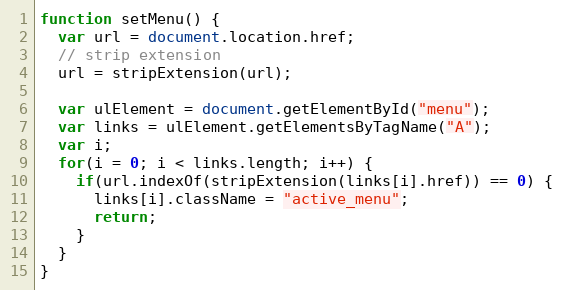
Language: JavaScript
function setMenu() {
  var url = document.location.href;
  // strip extension
  url = stripExtension(url);

  var ulElement = document.getElementById("menu");
  var links = ulElement.getElementsByTagName("A");
  var i;
  for(i = 0; i < links.length; i++) {
    if(url.indexOf(stripExtension(links[i].href)) == 0) {
      links[i].className = "active_menu";
      return;
    }
  }
}